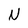
Character: N